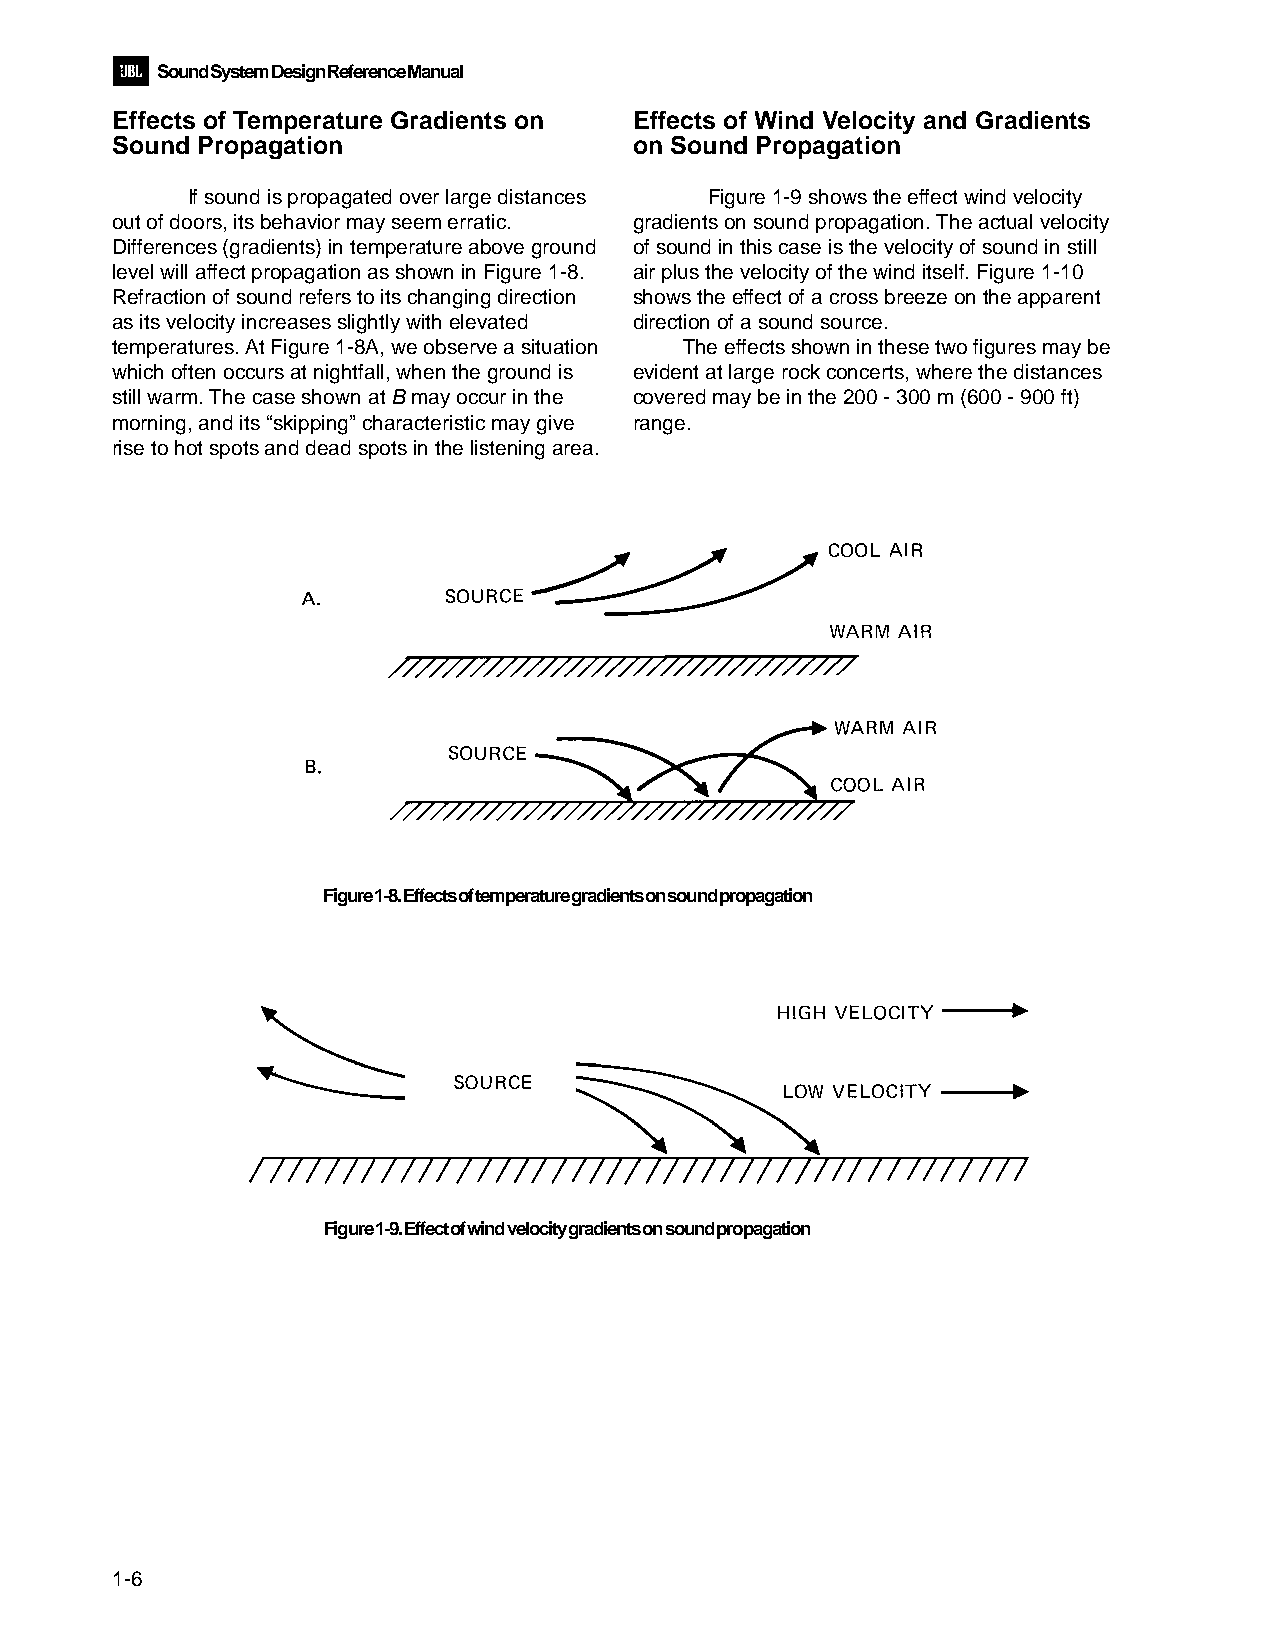
Sound System Design Reference Manual
 Effects of Temperature Gradients on Effects of Wind Velocity and Gradients
 Sound Propagation                  on Sound Propagation
 If sound is propagated over large distances Figure 1-9 shows the effect wind velocity
 out of doors, its behavior may seem erratic. gradients on sound propagation. The actual velocity
 Differences (gradients) in temperature above ground of sound in this case is the velocity of sound in still
 level will affect propagation as shown in Figure 1-8. air plus the velocity of the wind itself. Figure 1-10
 Refraction of sound refers to its changing direction shows the effect of a cross breeze on the apparent
 as its velocity increases slightly with elevated direction of a sound source.
 temperatures. At Figure 1-8A, we observe a situation The effects shown in these two figures may be
 which often occurs at nightfall, when the ground is evident at large rock concerts, where the distances
 still warm. The case shown at B may occur in the covered may be in the 200 - 300 m (600 - 900 ft)
 morning, and its “skipping” characteristic may give range.
 rise to hot spots and dead spots in the listening area.
 Figure 1-8. Effects of temperature gradients on sound propagation
 Figure 1-9. Effect of wind velocity gradients on sound propagation
 1-6